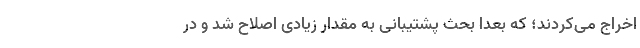
اخراج می‌کردند؛ که بعدا بحث پشتیبانی به مقدار زیادی اصلاح شد و در